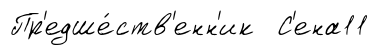
Пр'едше́ств'енн'ик С'ена11